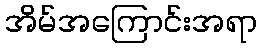
အိမ်အကြောင်းအရာ